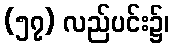
(၅၇) လည်ပင်း၌၊